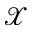
\mathscr { X }